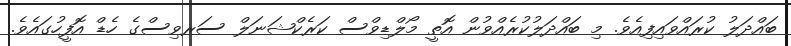
ބައްދަލު ކުރައްވައިފިއެވެ. މި ބައްދަލުކުރެއްވުން އޮތީ މޯލްޑިވްސް ކަރެކްޝަނަލް ސަރވިސްގެ ހެޑް އޮފީހުގައެވެ.